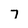
Character: 7